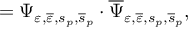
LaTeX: = \Psi _ { \varepsilon , \overline { { { \varepsilon } } } , s _ { p } , \overline { { { s } } } _ { p } } \cdot \overline { { { \Psi } } } _ { \varepsilon , \overline { { { \varepsilon } } } , s _ { p } , \overline { { { s } } } _ { p } } ,